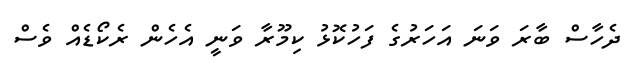
ދެހާސް ބާރަ ވަނަ އަހަރުގެ ފަހުކޮޅު ކިމޫރާ ވަނީ އެހެން ރެކޯޑެއް ވެސް